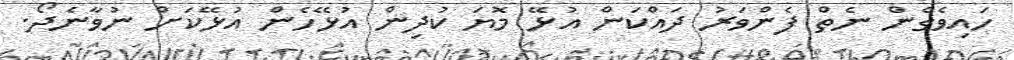
ހައިވެގެން ނެތް ފެންވަރު ދައްކަން އުޅޭ މޮޔަ ކުދިން އުޅޭހެން އުޅޭކަށް ނުވާނެދޯ.